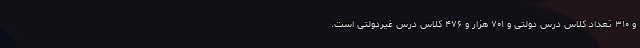
و ۳۱۰ تعداد کلاس‌ درس دولتی و ۷۰۱ هزار و ۴۷۶ کلاس درس غیردولتی است.